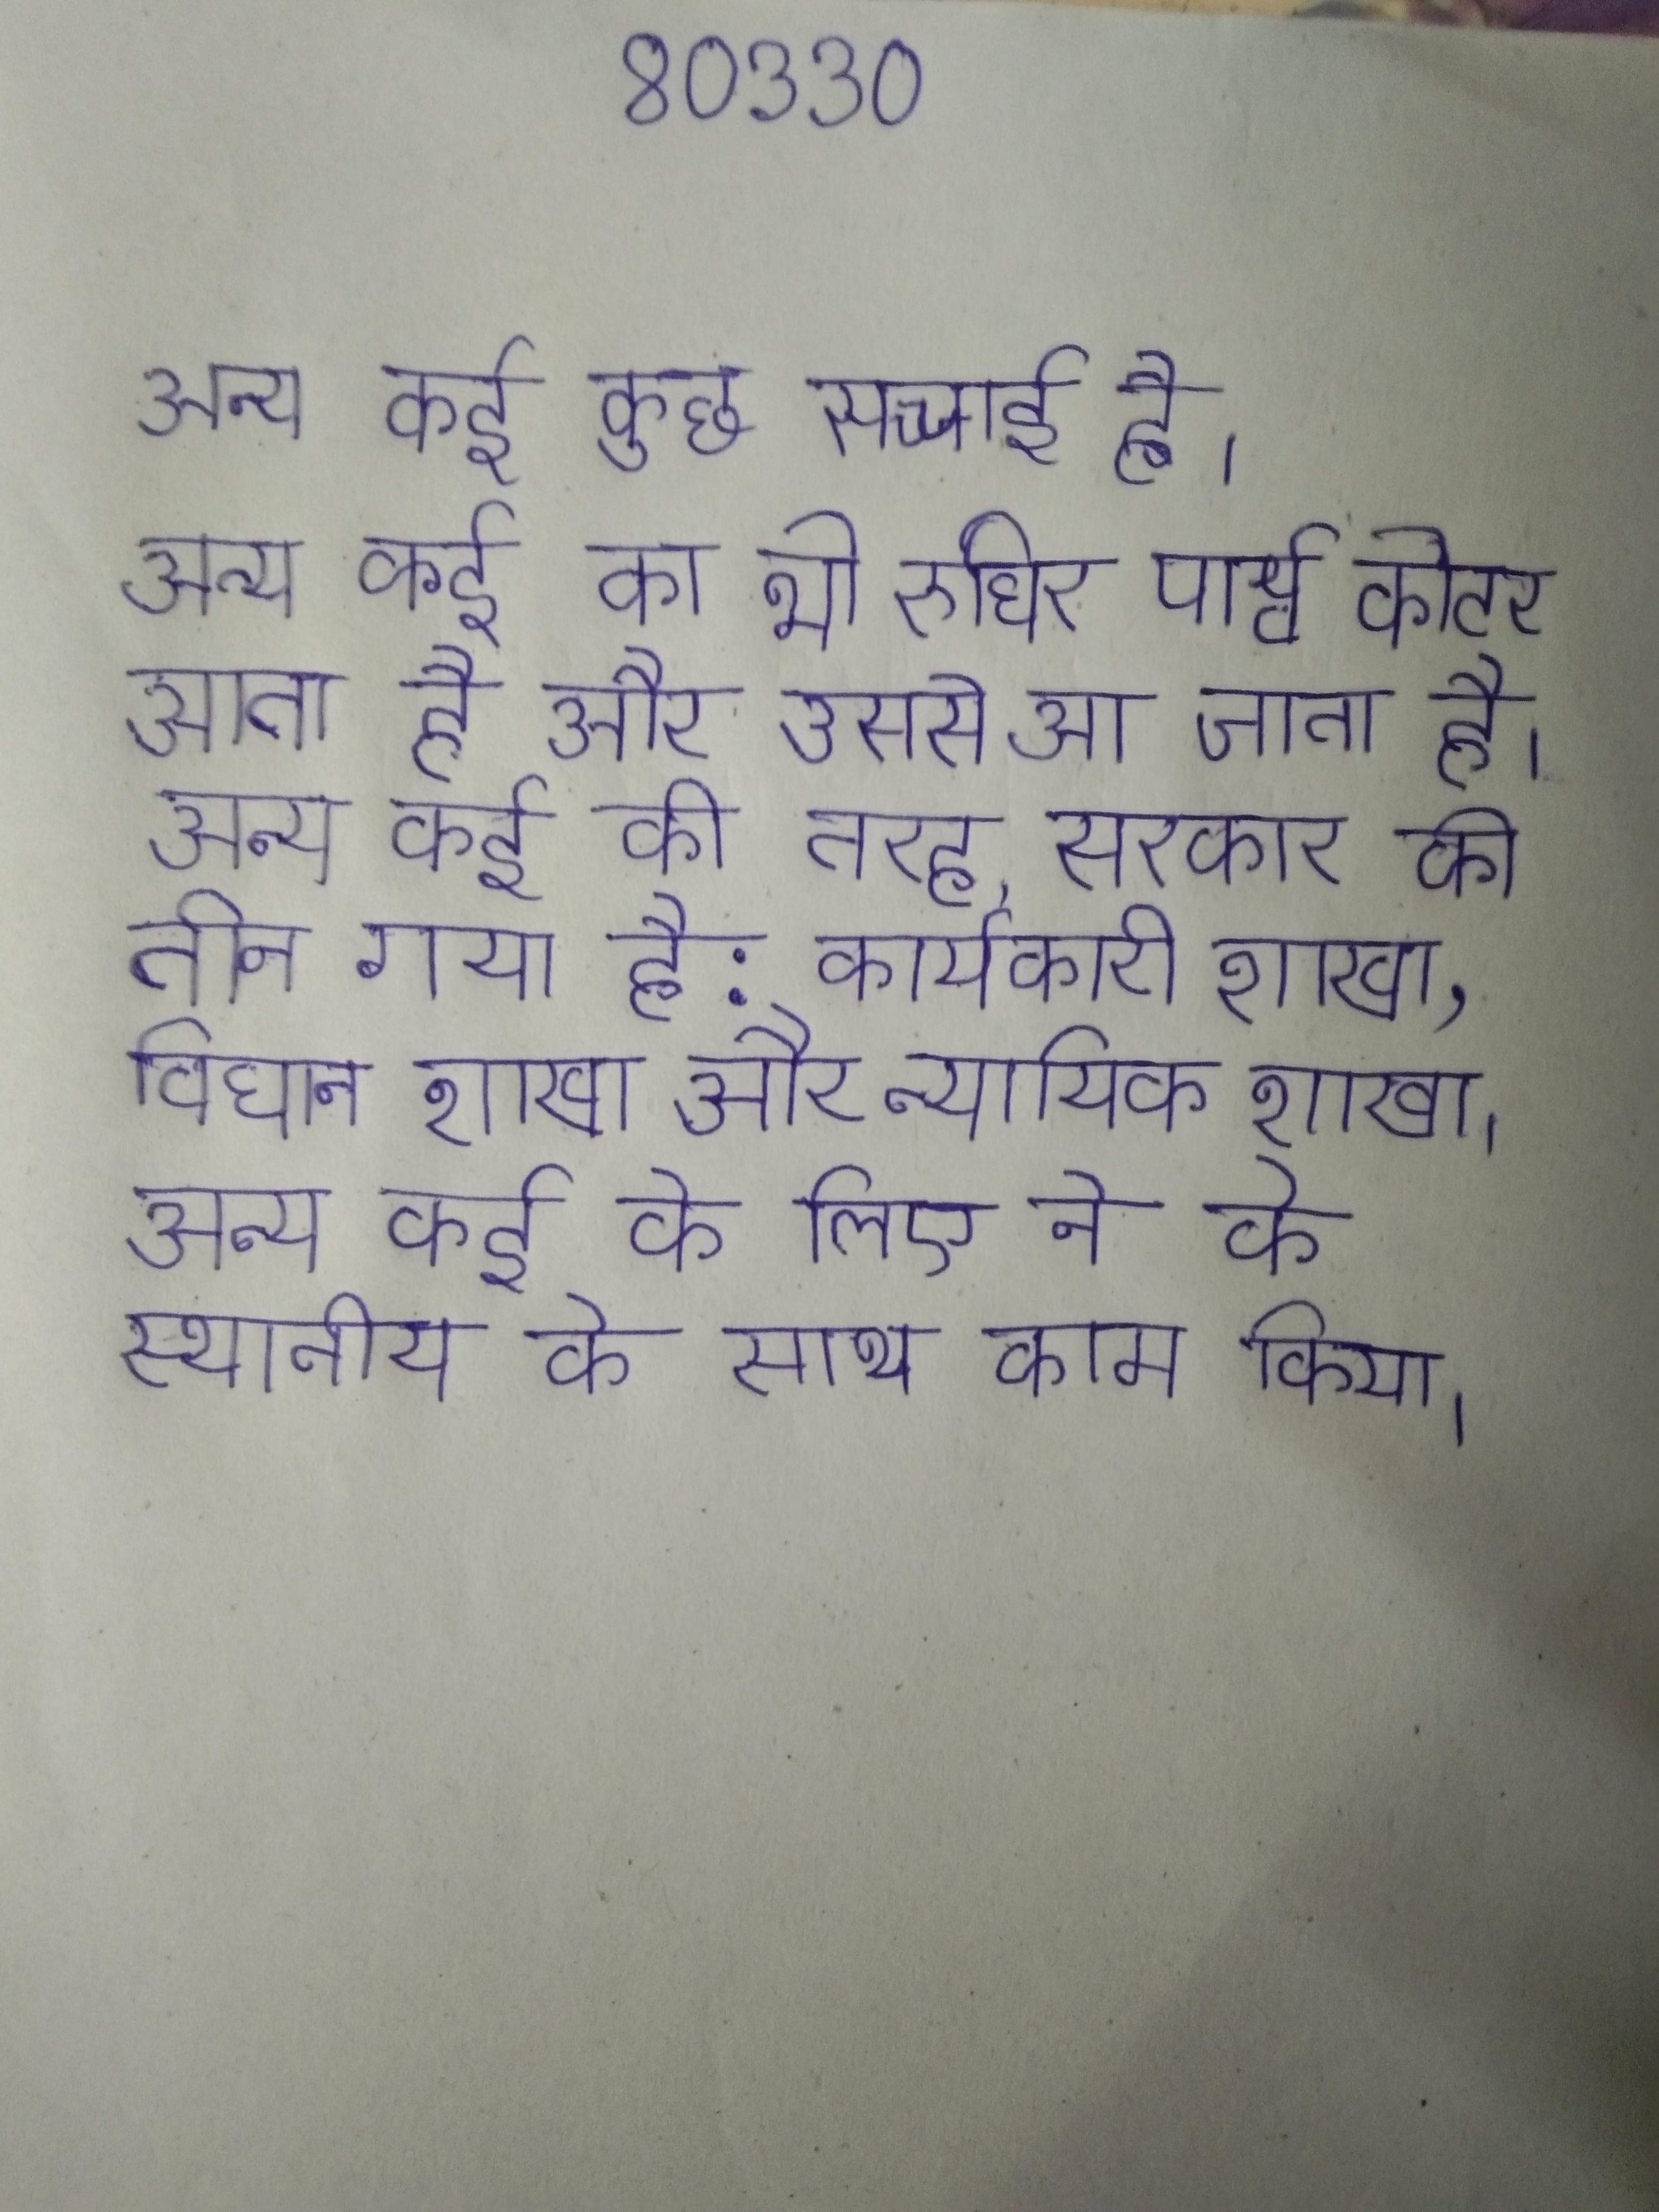
अन्य कई कुछ सच्चाई है । अन्य कई का भी रुधिर पार्श्व कोटर आता है और उससे आ जाता है । अन्य कई की तरह, सरकार को तीन गया है: कार्यकारी शाखा, विधान शाखा और न्यायिक शाखा । अन्य कई के लिए ने के स्थानीय के साथ काम किया ।